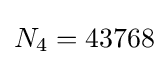
N_{4}=43768